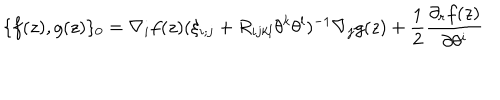
\{ f ( z ) , g ( z ) \} _ { 0 } = \nabla _ { i } f ( z ) ( \xi _ { i ; j } + R _ { i j k l } \theta ^ { k } \theta ^ { l } ) ^ { - 1 } \nabla _ { j } g ( z ) + \frac 1 2 \frac { \partial _ { r } f ( z ) } { \partial \theta ^ { i } }